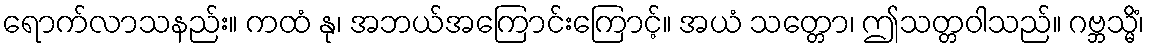
ရောက်လာသနည်း။ ကထံ နု၊ အဘယ်အကြောင်းကြောင့်။ အယံ သတ္တော၊ ဤသတ္တဝါသည်။ ဂဗ္ဘသ္မိံ၊